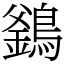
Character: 𪄇